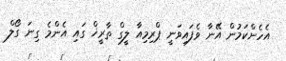
އެހެންކަމުން އޭނާ ވެފައިވަނީ ޕްރިމިއާ ލީގް ތާރީޚް ގައި އެންމެ ގިނަ ގޯލް